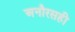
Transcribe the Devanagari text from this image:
अनौरसही